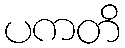
ပကတိ